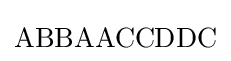
\mathrm {ABBAACCDDC}